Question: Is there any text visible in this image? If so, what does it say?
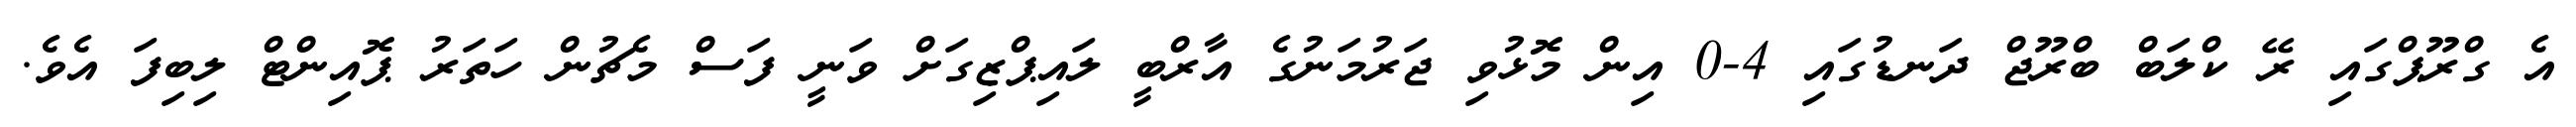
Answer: އެ ގްރޫޕްގައި ރޭ ކްލަބް ބްރޫޖް ދަނޑުގައި 4-0 އިން މޮޅުވި ޖަރުމަނުގެ އާރްބީ ލައިޕްޒިގަށް ވަނީ ފަސް މެޗުން ހަތަރު ޕޮއިންޓް ލިބިފަ އެވެ.